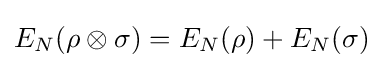
E_{N}(\rho \otimes \sigma )=E_{N}(\rho )+E_{N}(\sigma )